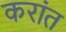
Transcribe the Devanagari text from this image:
करांत